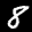
Label: 8